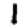
Digit: 1